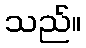
သည်။